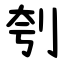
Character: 刳